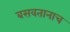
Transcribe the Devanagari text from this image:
बसवतानाच